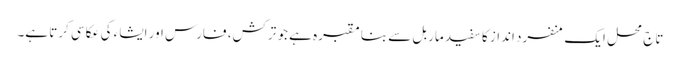
تاج محل ایک منفرد انداز کا سفید ماربل سے بنا مقبرہ ہے جو ترکش، فارس اور ایشاء کی عکاسی کرتا ہے۔